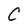
Character: C